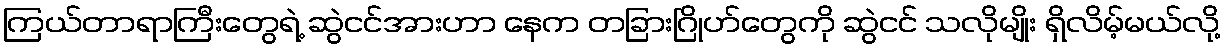
ကြယ်တာရာကြီးတွေရဲ့ ဆွဲငင်အားဟာ နေက တခြားဂြိုဟ်တွေကို ဆွဲငင် သလိုမျိုး ရှိလိမ့်မယ်လို့